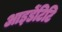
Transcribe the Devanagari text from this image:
आइडेंटिटि